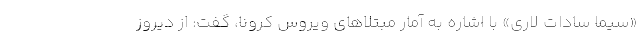
«سیما سادات لاری» با اشاره به آمار مبتلاهای ویروس کرونا، گفت: از دیروز